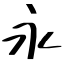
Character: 永